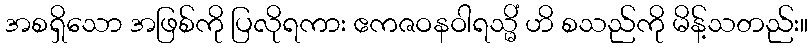
အစရှိသော အဖြစ်ကို ပြလိုရကား ဧကဇဝနဝါရသ္မိံ ဟိ စသည်ကို မိန့်သတည်း။